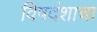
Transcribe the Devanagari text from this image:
विषदंशाचा